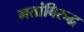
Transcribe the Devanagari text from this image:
मतांविरुद्ध